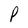
Character: P